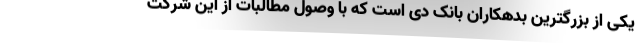
یکی از بزرگترین بدهکاران بانک دی است که با وصول مطالبات از این شرکت